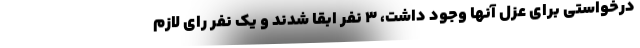
درخواستی برای عزل آنها وجود داشت، ۳ نفر ابقا شدند و یک نفر رای لازم